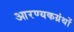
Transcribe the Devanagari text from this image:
आरण्यकग्रंथों